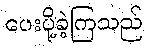
ပေးပို့ခဲ့ကြသည်